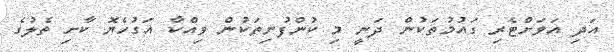
އަދި އަވަށްޓެރި ގައުމުތަކުން ދަނީ މި ކުންފުނިތަކުން ވިއްކާ އަގުހެޔޮ ކާށި ތެލުގެ